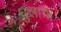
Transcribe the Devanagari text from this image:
धुलाया